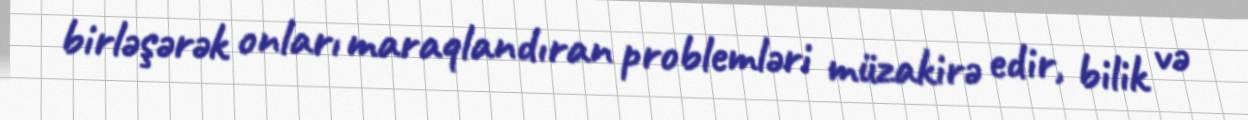
birləşərək onları maraqlandıran problemləri müzakirə edir, bilik və